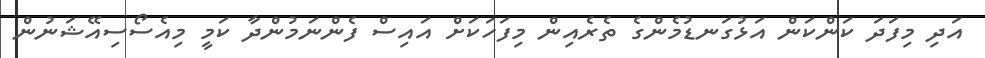
އަދި މިފަދަ ކަންކަން އަޅުގަނޑުމެންގެ ތެރެއިން މިފަހަކަށް އައިސް ފެންނަމުންދާ ކަމީ މިއެސޯސިއޭޝަނުން